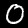
Digit: 0